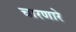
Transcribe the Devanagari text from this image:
चारणारे